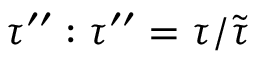
\tau ^ { \prime \prime } : \tau ^ { \prime \prime } = \tau / \tilde { \tau }